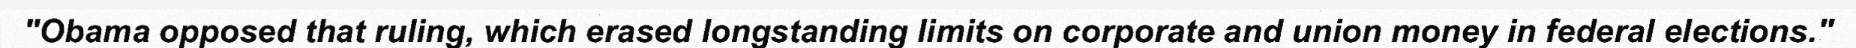
"Obama opposed that ruling, which erased longstanding limits on corporate and union money in federal elections."